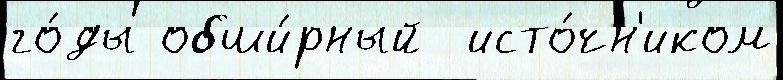
го́ды обши́рный  исто́чн'иком